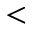
<